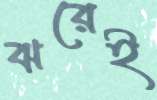
ঝরেই